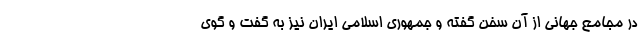
در مجامع جهانی از آن سخن گفته و جمهوری اسلامی ایران نیز به گفت و گوی